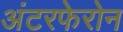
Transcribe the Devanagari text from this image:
अंटरफेरोन